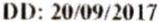
DD: 20/09/2017